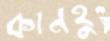
কানহু